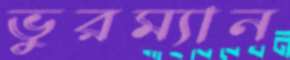
ভুরম্যান